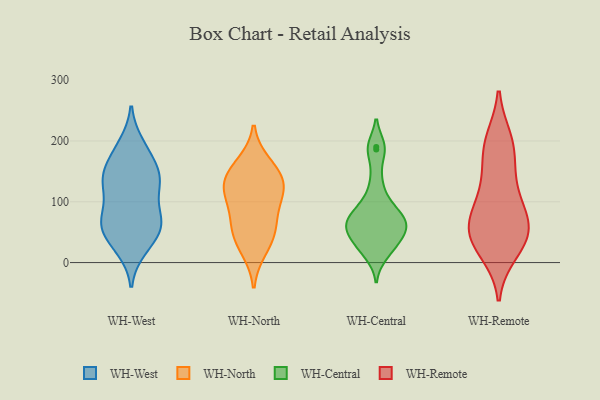
{"axis": {"x": "Customer Acquisition Cost (USD)", "y": "Value"}, "legend": ["WH-Central", "WH-North", "WH-Remote", "WH-West"], "data": [{"x": "", "y": 72, "type": "WH-West"}, {"x": "", "y": 133, "type": "WH-West"}, {"x": "", "y": 194, "type": "WH-West"}, {"x": "", "y": 130, "type": "WH-West"}, {"x": "", "y": 144, "type": "WH-West"}, {"x": "", "y": 45, "type": "WH-West"}, {"x": "", "y": 72, "type": "WH-West"}, {"x": "", "y": 145, "type": "WH-West"}, {"x": "", "y": 145, "type": "WH-West"}, {"x": "", "y": 23, "type": "WH-West"}, {"x": "", "y": 72, "type": "WH-West"}, {"x": "", "y": 187, "type": "WH-West"}, {"x": "", "y": 28, "type": "WH-West"}, {"x": "", "y": 57, "type": "WH-West"}, {"x": "", "y": 61, "type": "WH-West"}, {"x": "", "y": 108, "type": "WH-West"}, {"x": "", "y": 66, "type": "WH-West"}, {"x": "", "y": 131, "type": "WH-West"}, {"x": "", "y": 174, "type": "WH-West"}, {"x": "", "y": 48, "type": "WH-North"}, {"x": "", "y": 105, "type": "WH-North"}, {"x": "", "y": 51, "type": "WH-North"}, {"x": "", "y": 116, "type": "WH-North"}, {"x": "", "y": 148, "type": "WH-North"}, {"x": "", "y": 134, "type": "WH-North"}, {"x": "", "y": 126, "type": "WH-North"}, {"x": "", "y": 22, "type": "WH-North"}, {"x": "", "y": 162, "type": "WH-North"}, {"x": "", "y": 74, "type": "WH-North"}, {"x": "", "y": 67, "type": "WH-Central"}, {"x": "", "y": 63, "type": "WH-Central"}, {"x": "", "y": 28, "type": "WH-Central"}, {"x": "", "y": 186, "type": "WH-Central"}, {"x": "", "y": 190, "type": "WH-Central"}, {"x": "", "y": 71, "type": "WH-Central"}, {"x": "", "y": 57, "type": "WH-Central"}, {"x": "", "y": 62, "type": "WH-Central"}, {"x": "", "y": 45, "type": "WH-Central"}, {"x": "", "y": 93, "type": "WH-Central"}, {"x": "", "y": 94, "type": "WH-Central"}, {"x": "", "y": 134, "type": "WH-Central"}, {"x": "", "y": 31, "type": "WH-Central"}, {"x": "", "y": 13, "type": "WH-Central"}, {"x": "", "y": 189, "type": "WH-Remote"}, {"x": "", "y": 189, "type": "WH-Remote"}, {"x": "", "y": 33, "type": "WH-Remote"}, {"x": "", "y": 56, "type": "WH-Remote"}, {"x": "", "y": 53, "type": "WH-Remote"}, {"x": "", "y": 76, "type": "WH-Remote"}, {"x": "", "y": 38, "type": "WH-Remote"}, {"x": "", "y": 89, "type": "WH-Remote"}, {"x": "", "y": 200, "type": "WH-Remote"}, {"x": "", "y": 139, "type": "WH-Remote"}, {"x": "", "y": 56, "type": "WH-Remote"}, {"x": "", "y": 119, "type": "WH-Remote"}, {"x": "", "y": 19, "type": "WH-Remote"}]}